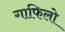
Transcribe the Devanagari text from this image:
गाफिलो